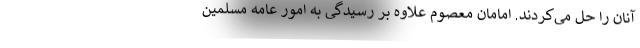
آنان را حل می‌کردند. امامان معصوم علاوه بر رسیدگی به امور عامه مسلمین